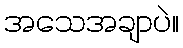
အသေအချာပဲ။